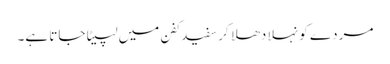
مردے کو نہلا دھلا کر سفید کفن میں لپیٹا جاتا ہے۔